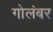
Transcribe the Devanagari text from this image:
गोलंबर